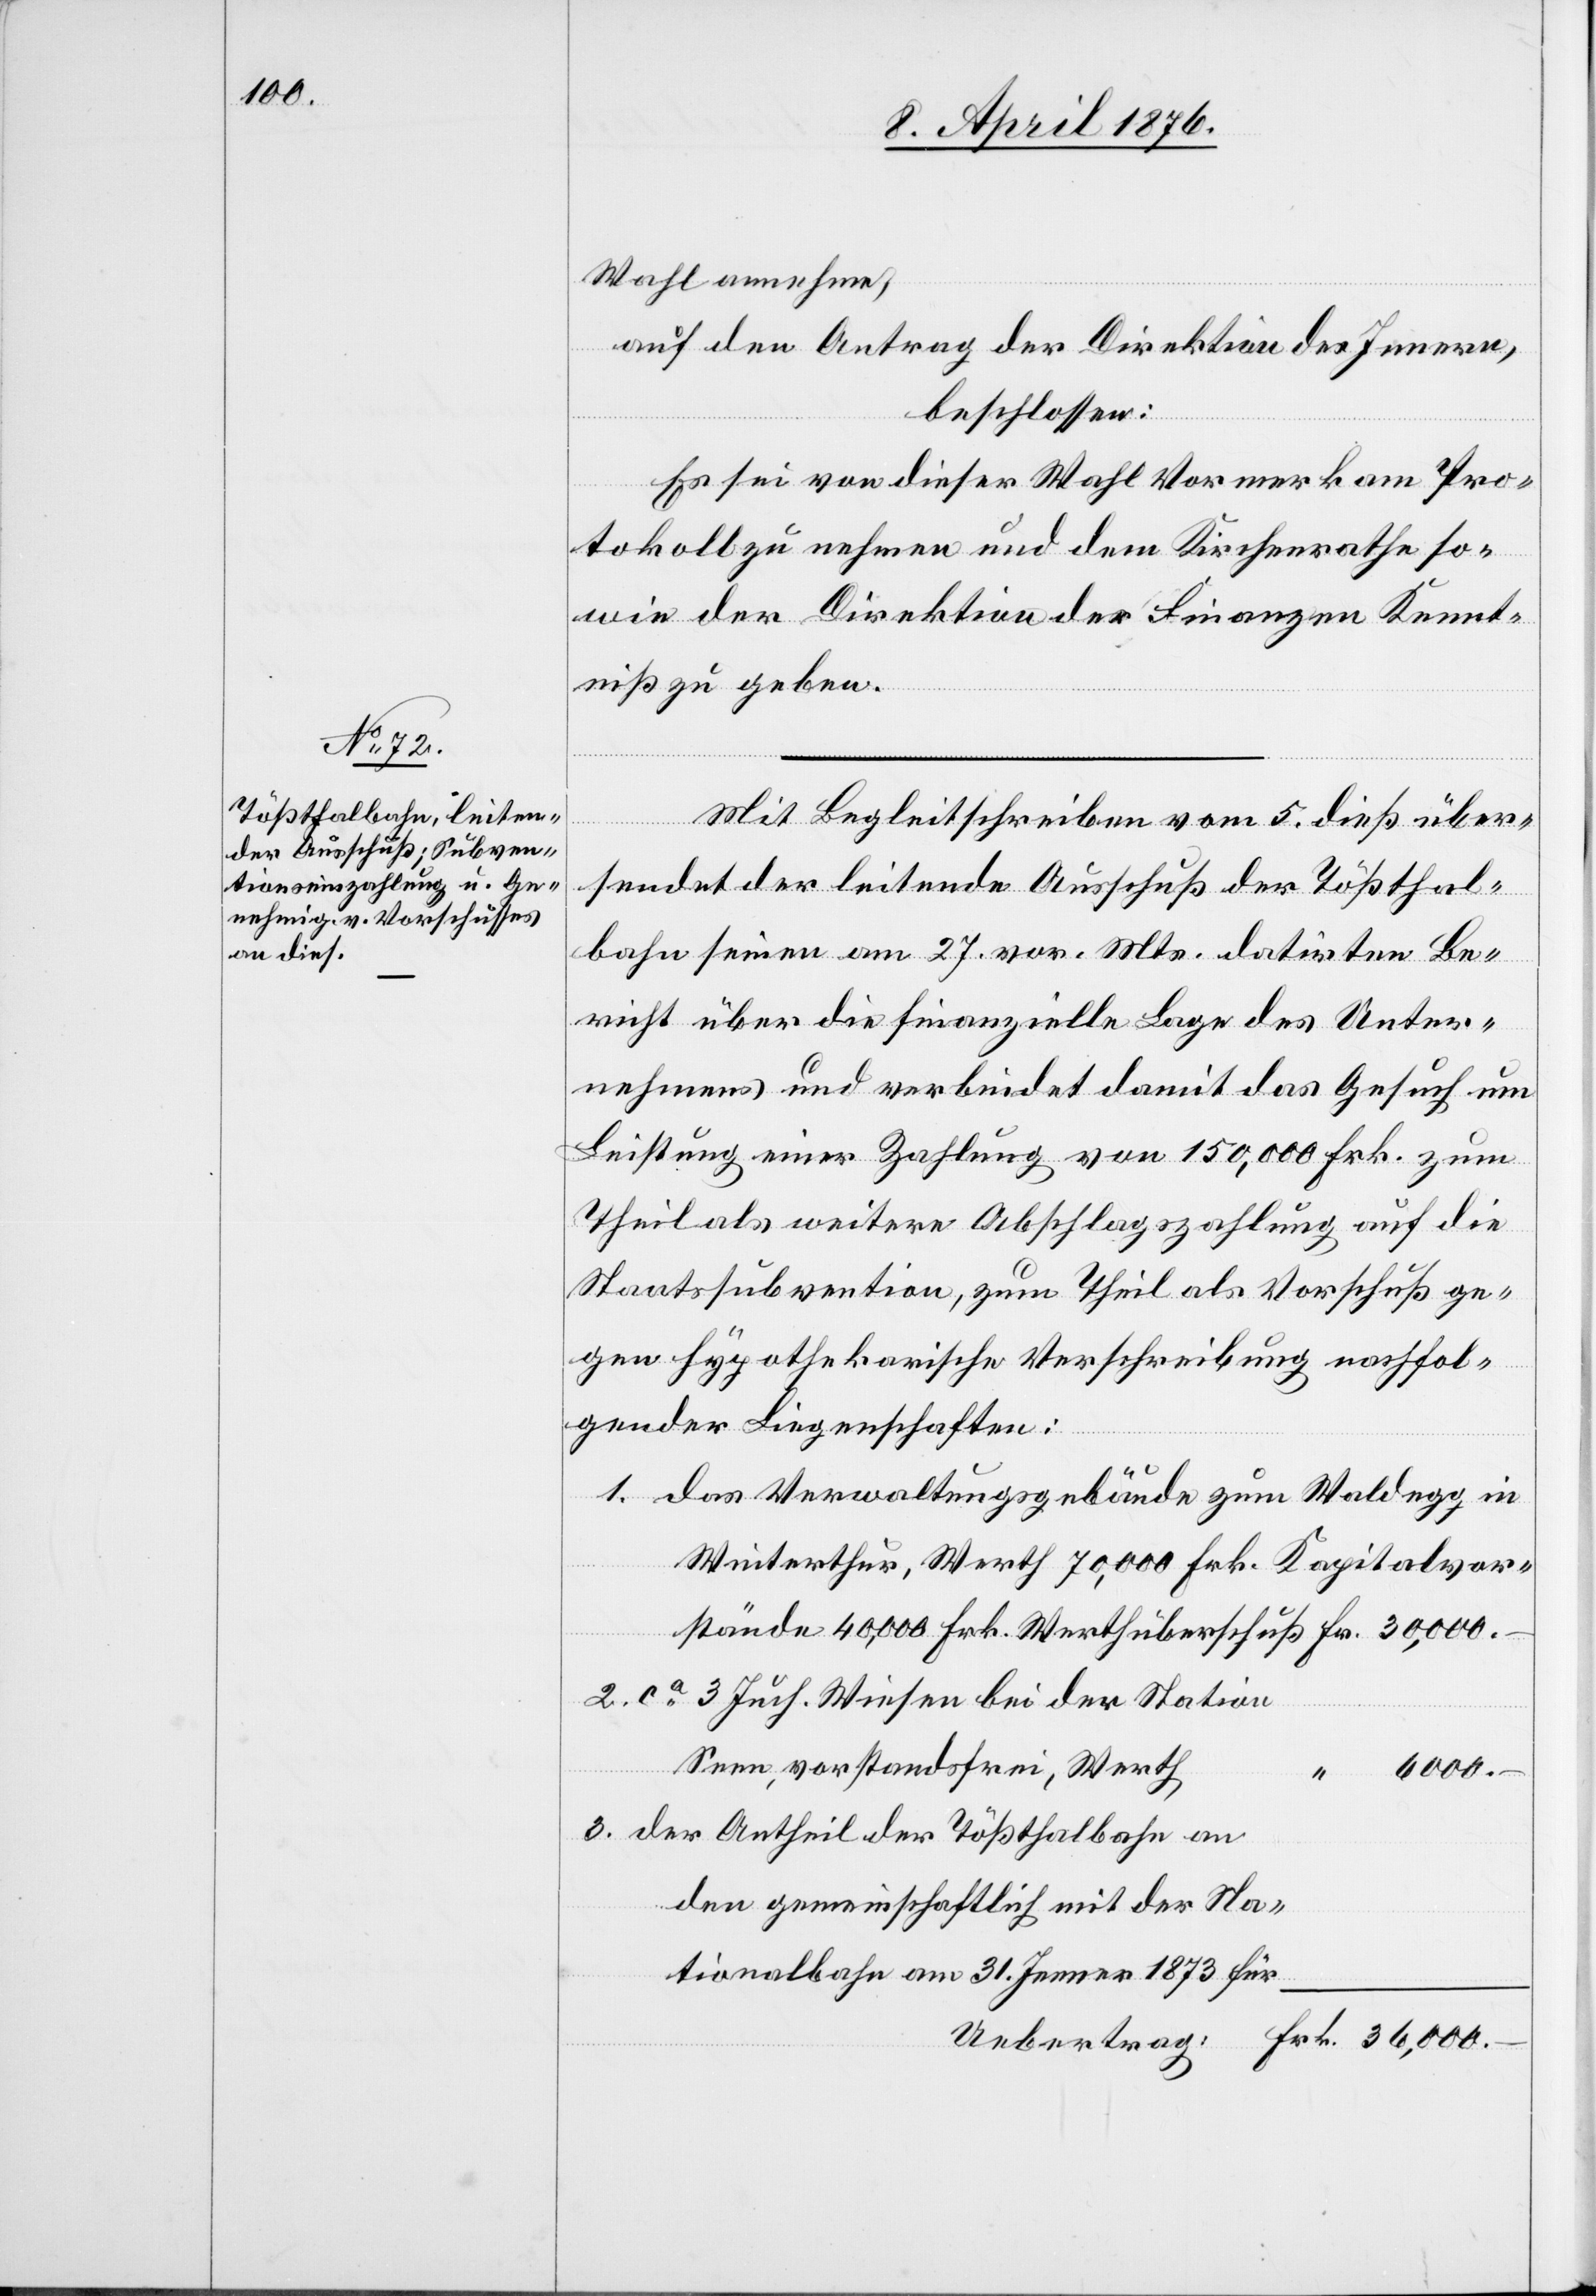
6000.–

Wahl annehme,
auf den Antrag der Direktion des Innern,
Fr.
Es sei von dieser Wahl Vormerk am Pro¬
tokoll zu nehmen und dem Kirchenrathe so¬
wie der Direktion der Finanzen Kennt¬
niß zu geben.
Mit Begleitschreiben vom 5. dieß über¬
sendet der leitende Ausschuß der Tößthal¬
bahn seinen am 27. vor. Mts. datirten Be¬
richt über die finanzielle Lage des Unter¬
nehmens und verbindet damit das Gesuch um
Leistung einer Zahlung vom 150,000 Frk. zum
Theil als weitere Abschlagszahlung auf die
Staatssubvention, zum Theil als Vorschuß ge¬
gen hypothekarische Verschreibung nachfol¬
gender Liegenschaften:
rtrag:
das Verwaltungsgebäude zum Waldegg in
Winterthur, Werth 70,000 Frk. Kapitalvors¬
ca 3 Juch. Wiese bei der Station
Senn, vorstandsfrei, Werth
der Antheil der Tößthalbahn an
den gemeinschaftlich mit der Na¬
tionalbahn am 31. Jenner 1873 für